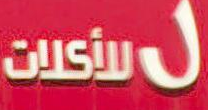
للأكلات